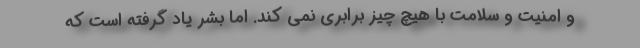
و امنیت و سلامت با هیچ چیز برابری نمی کند. اما بشر یاد گرفته است که